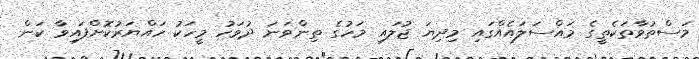
މަސްތުވާތަކެތީގެ މައްސަލައެއްގައި މިދިޔަ ޖުލައި މަހުގެ ތިންވަނަ ދުވަހު މީހަކު ހައްޔަރުކޮށްފައިވާ ކަން